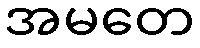
အမတေ